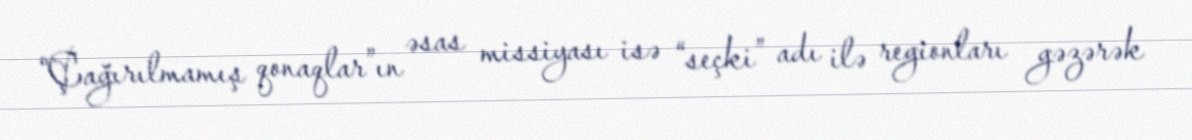
“Çağırılmamış qonaqlar”ın əsas missiyası isə “seçki” adı ilə regionları gəzərək